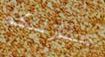
منازلكم